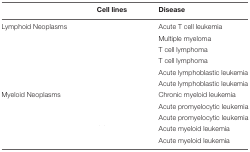
<table><thead><tr><td>[EMPTY_CELL]</td><td><b>Cell lines</b></td><td><b>Disease</b></td></tr></thead><tbody><tr><td>Lymphoid Neoplasms</td><td>[EMPTY_CELL]</td><td>Acute T cell leukemia</td></tr><tr><td>[EMPTY_CELL]</td><td>[EMPTY_CELL]</td><td>Multiple myeloma</td></tr><tr><td>[EMPTY_CELL]</td><td>[EMPTY_CELL]</td><td>T cell lymphoma</td></tr><tr><td>[EMPTY_CELL]</td><td>[EMPTY_CELL]</td><td>T cell lymphoma</td></tr><tr><td>[EMPTY_CELL]</td><td>[EMPTY_CELL]</td><td>Acute lymphoblastic leukemia</td></tr><tr><td>[EMPTY_CELL]</td><td>[EMPTY_CELL]</td><td>Acute lymphoblastic leukemia</td></tr><tr><td>Myeloid Neoplasms</td><td>[EMPTY_CELL]</td><td>Chronic myeloid leukemia</td></tr><tr><td>[EMPTY_CELL]</td><td>[EMPTY_CELL]</td><td>Acute promyelocytic leukemia</td></tr><tr><td>[EMPTY_CELL]</td><td>[EMPTY_CELL]</td><td>Acute promyelocytic leukemia</td></tr><tr><td>[EMPTY_CELL]</td><td>[EMPTY_CELL]</td><td>Acute myeloid leukemia</td></tr><tr><td>[EMPTY_CELL]</td><td>[EMPTY_CELL]</td><td>Acute myeloid leukemia</td></tr></tbody></table>